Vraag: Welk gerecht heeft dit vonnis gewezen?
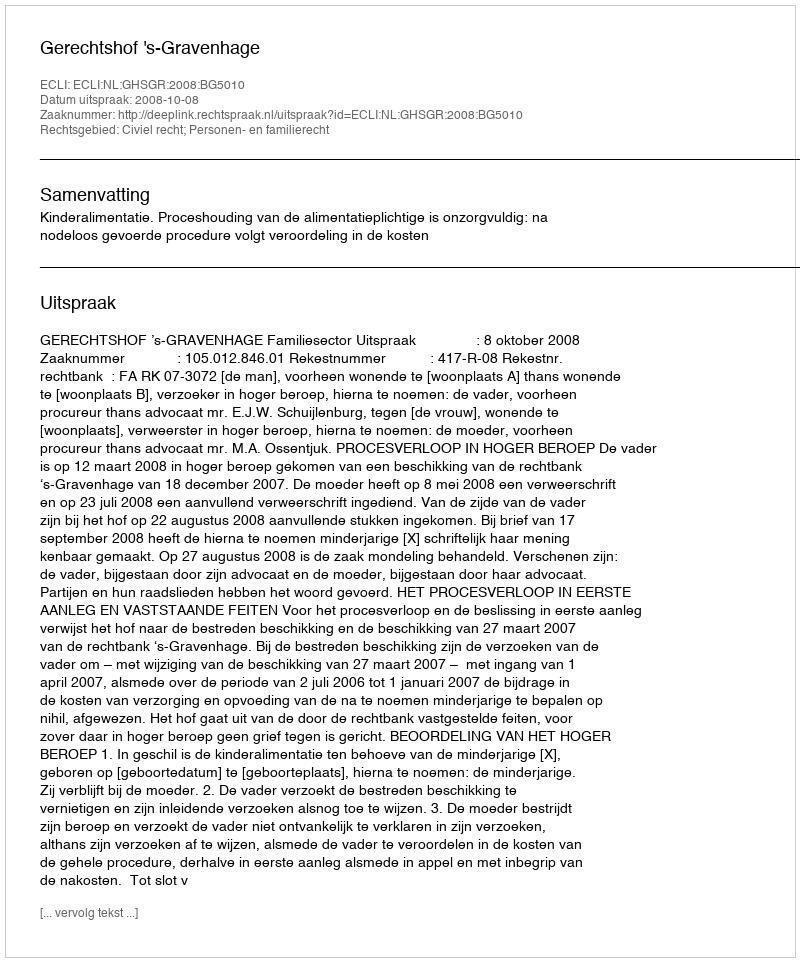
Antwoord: Gerechtshof 's-Gravenhage